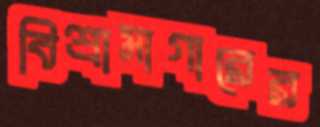
বিশ্রামাগারের